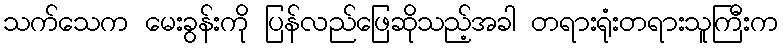
သက်သေက မေးခွန်းကို ပြန်လည်ဖြေဆိုသည့်အခါ တရားရုံးတရားသူကြီးက